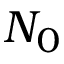
N _ { 0 }